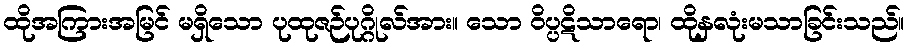
ထိုအကြားအမြင် မရှိသော ပုထုဇဉ်ပုဂ္ဂိုလ်အား။ သော ဝိပ္ပဋိသာရော၊ ထိုနှလုံးမသာခြင်းသည်။